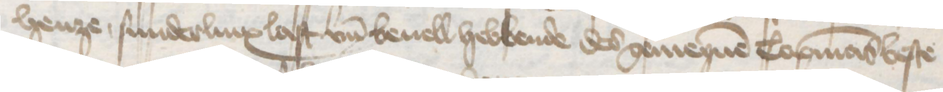
henze sunderlinx last un̄d beuell hebbende des gemeynen Copmans beste